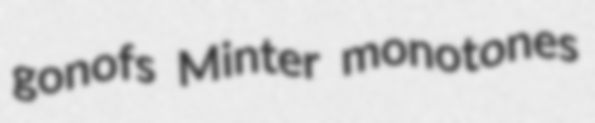
gonofs Minter monotones